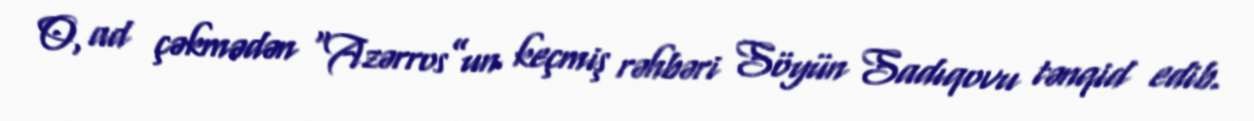
O, ad çəkmədən “Azərros”un keçmiş rəhbəri Söyün Sadıqovu tənqid edib.